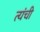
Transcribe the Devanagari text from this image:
त्यंची